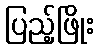
ပြည့်ဖြိုး